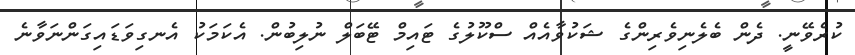
ކުރެވޭނީ. ދެން ބެލެނިވެރިންގެ ޝަކުވާއެއް ސްކޫލުގެ ޓައިމް ޓޭބަލް ނުލިބުން. އެކަމަކު އެނގިވަޑައިގަންނަވާނެ